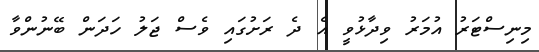
މިނިސްޓަރު އުމަރު ވިދާޅުވީ އެ ދެ ރަށުގައި ވެސް ޖަލު ހަދަން ބޭނުންވާ